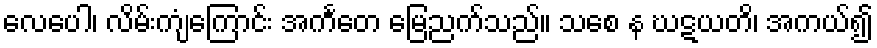
လေပေါ၊ လိမ်းကျံကြောင်း အင်္ကတေ မြေညက်သည်။ သစေ န ဃဋယတိ၊ အကယ်၍